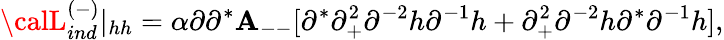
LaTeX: {\calL}_{ind}^{(-)}\vert_{hh}=\alpha\partial\partial^{*}{\cal\mathbf{A}}_{--}[\partial^{*}\partial_{+}^{2}\partial^{-2}h\partial^{-1}h+\partial_{+}^{2}\partial^{-2}h\partial^{*}\partial^{-1}h],